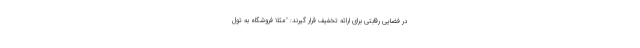
در فضایی رقابتی برای ارائه تخفیف قرار گیرند: "مثلا فروشگاه به تول